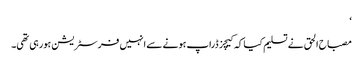
‘
مصباح الحق نے تسلیم کیا کہ کیچز ڈراپ ہونے سے انہیں فرسٹریشن ہورہی تھی۔